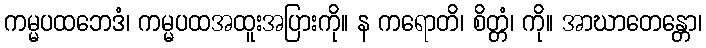
ကမ္မပထဘေဒံ၊ ကမ္မပထအထူးအပြားကို။ န ကရောတိ၊ စိတ္တံ၊ ကို။ အာဃာတေန္တော၊